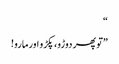
“
”تو پھر دوڑو،پکڑو اورمارو!